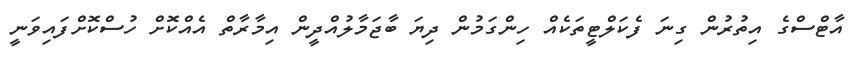
އާޓްސްގެ އިތުރުން ގިނަ ފެކަލްޓީތަކެއް ހިންގަމުން ދިޔަ ބާޖަމާލުއްދީން އިމާރާތް އެއްކޮށް ހުސްކޮށްފައިވަނީ